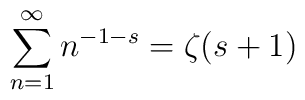
\sum\limits_{n=1}^{\infty}n^{-1-s}=\zeta (s+1)